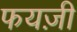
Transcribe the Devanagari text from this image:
फयज़ी